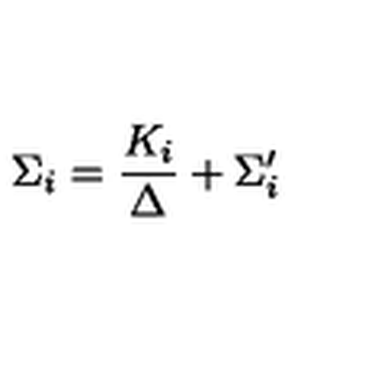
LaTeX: \Sigma _ { i } = \frac { K _ { i } } { \Delta } + \Sigma _ { i } ^ { \prime }